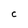
Character: c